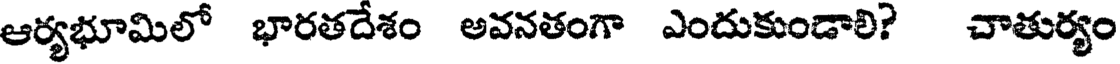
ఆర్యభూమిలో భారతదేశం అవనతంగా ఎందుకుండాలి? చాతుర్యం